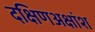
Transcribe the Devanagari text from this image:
दक्षिणअक्षांश